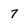
Character: 7